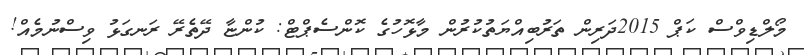
މޯލްޑިވްސް ކަޕް 2015ދަރިން ތަރުބިއްޔަތުކުރުން މާޅޮހުގެ ކޮންސެޕްޓް: ކުންޏާ ދޭތެރޭ ރަނގަޅު ވިސްނުމެއް!